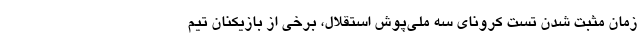
زمان مثبت شدن تست کرونای سه ملی‌پوش استقلال، برخی از بازیکنان تیم